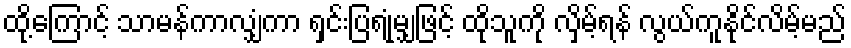
ထို့ကြောင့် သာမန်ကာလျှံကာ ရှင်းပြရုံမျှဖြင့် ထိုသူကို လှိမ့်ရန် လွယ်ကူနိုင်လိမ့်မည်